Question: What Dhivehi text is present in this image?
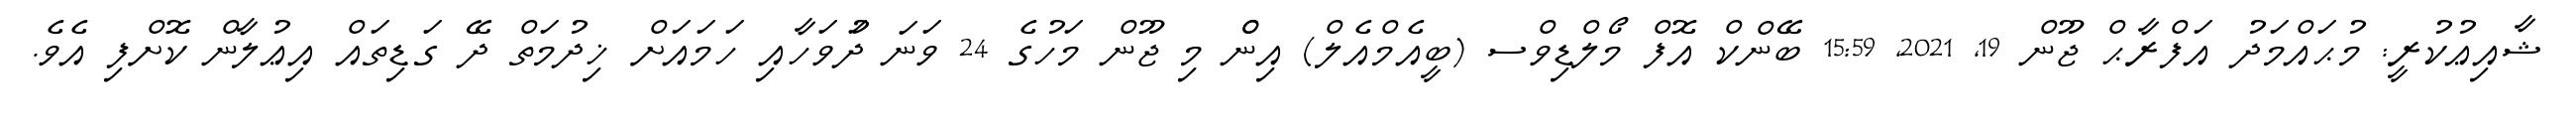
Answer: ޝާއިޢުކުރީ: މުޙައްމަދު އަފްރާޙް ޖޫން 19, 2021, 15:59 ބޭންކް އޮފް މޯލްޑިވްސ (ބީއެމްއެލް) އިންް މި ޖޫން މަހުގެ 24 ވަނަ ދަުވަހާއި ހަމައަށް ޚިދުމަތް ދޭ ގަޑިތައް އިޢުލާން ކޮށްފި އެވެ.